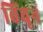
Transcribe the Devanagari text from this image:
विंचून